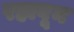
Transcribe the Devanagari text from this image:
रहावून